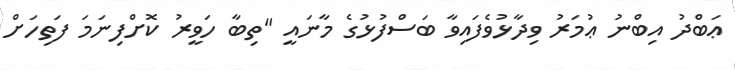
ޢަބްދު އިބްނު ޢުމަރު ވިދާޅުވެފައިވާ ބަސްފުޅުގެ މާނައީ "ތިބާ ހަވީރު ކޮށްފިނަމަ ފަތިހަށް